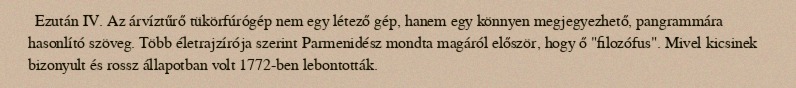
Ezután IV. Az árvíztűrő tükörfúrógép nem egy létező gép, hanem egy könnyen megjegyezhető, pangrammára hasonlító szöveg. Több életrajzírója szerint Parmenidész mondta magáról először, hogy ő "filozófus". Mivel kicsinek bizonyult és rossz állapotban volt 1772-ben lebontották.